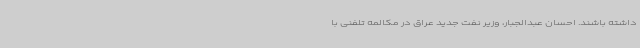
داشته باشند. احسان عبدالجبار، وزیر نفت جدید عراق در مکالمه تلفنی با